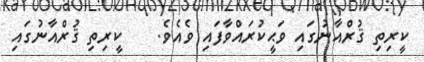
ކީރިތި ޤުރްއާނުގައި ވަޙީކުރައްވާފައި ވެއެވެ.    ކީރިތި ޤުރްއާނުގައި